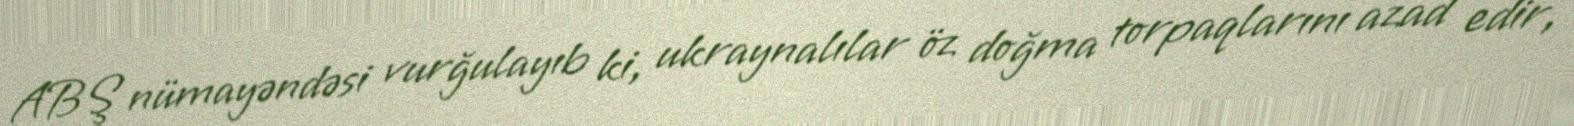
ABŞ nümayəndəsi vurğulayıb ki, ukraynalılar öz doğma torpaqlarını azad edir,